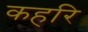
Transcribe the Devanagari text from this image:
कहरि